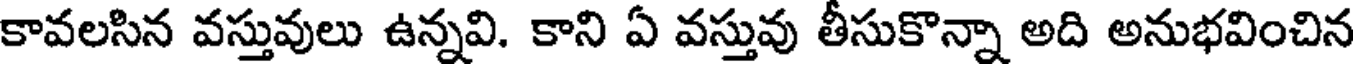
కావలసిన వస్తువులు ఉన్నవి. కాని ఏ వస్తువు తీసుకొన్నా అది అనుభవించిన